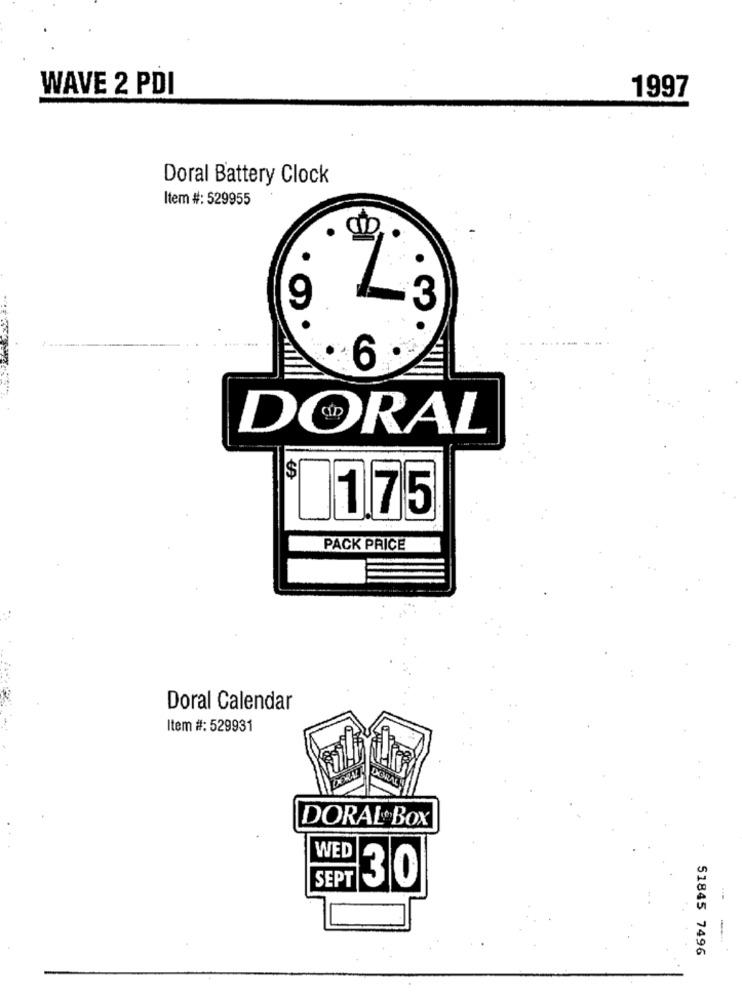
WAVE 2 PDI
1997
Doral Battery Clock
Item #: 529955
6 .
DORAL
$
11,75
PACK PRICE
Doral Calendar
Item #: 529931
DORAL Box
WED
SEPT
30
51845 7496